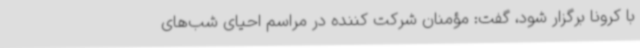
با کرونا برگزار شود، گفت: مؤمنان شرکت کننده در مراسم احیای شب‌های